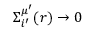
\Sigma _ { i ^ { \prime } } ^ { \mu ^ { \prime } } ( r ) \to 0